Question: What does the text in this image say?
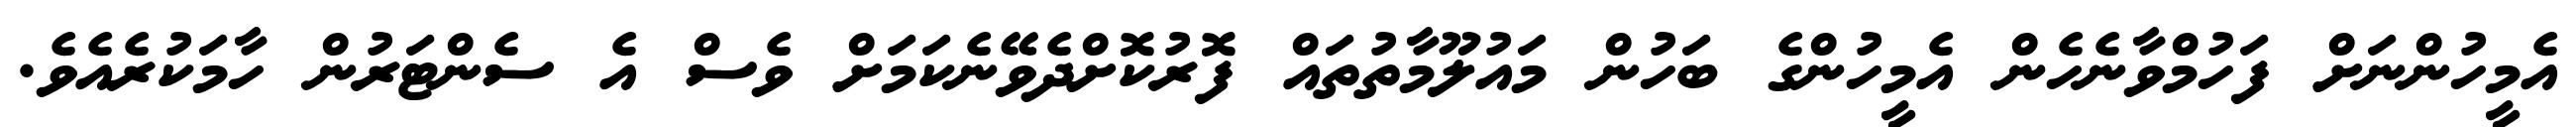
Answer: އެމީހުންނަށް ފަހުމްވާނެހެން އެމީހުންގެ ބަހުން މައުލޫމާތުތައް ފޮރުކޮށްދެވޭނެކަމަށް ވެސް އެ ސެންޓަރުން ހާމަކުރެއެވެ.